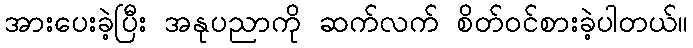
အားပေးခဲ့ပြီး အနုပညာကို ဆက်လက် စိတ်ဝင်စားခဲ့ပါတယ်။